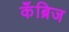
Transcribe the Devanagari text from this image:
कॅंब्रिज